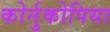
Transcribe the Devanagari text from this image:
कोर्नुकोपिया